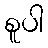
စူပါ